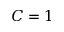
C = 1